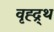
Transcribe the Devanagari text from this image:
वृह्द्र्थ